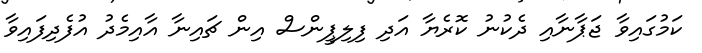
ކަމުގައިވާ ޖަޕާނާއި ދެކުނު ކޮރެޔާ އަދި ފިލިޕީންސް އިން ޗައިނާ އާއިމެދު އުފެދިފައިވާ